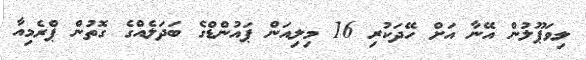
ލިވަޕޫލުން އޭނާ އަށް ހޭދަކުރި 16 މިލިއަން ޕައުންޑްގެ ބަދަލެއްގެ ގޮތުން ޕްރެމިއާ